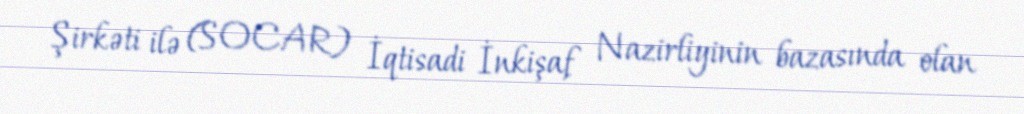
Şirkəti ilə (SOCAR) İqtisadi İnkişaf Nazirliyinin bazasında olan